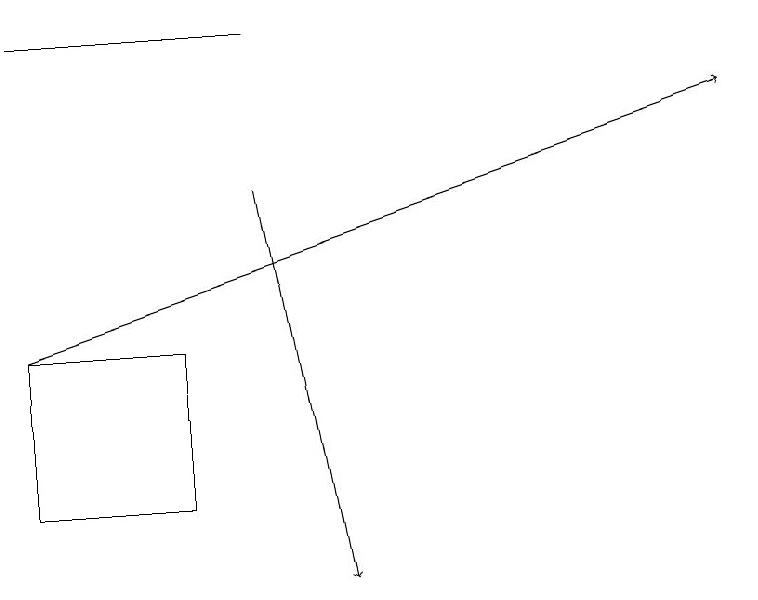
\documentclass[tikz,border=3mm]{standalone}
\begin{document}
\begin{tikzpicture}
\draw[->] (3,17) -- (4,12);
\draw (2,15) rectangle (0,13);
\draw (0,19) rectangle (3,19);
\draw[->] (0,15) -- (9,18);
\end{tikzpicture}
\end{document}